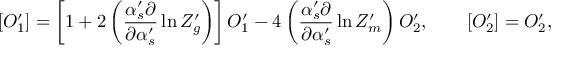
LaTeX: \left[ { \cal O } _ { 1 } ^ { \prime } \right] = \left[ 1 + 2 \left( \frac { \alpha _ { s } ^ { \prime } \partial } { \partial \alpha _ { s } ^ { \prime } } \ln Z _ { g } ^ { \prime } \right) \right] { \cal O } _ { 1 } ^ { \prime } - 4 \left( \frac { \alpha _ { s } ^ { \prime } \partial } { \partial \alpha _ { s } ^ { \prime } } \ln Z _ { m } ^ { \prime } \right) { \cal O } _ { 2 } ^ { \prime } , \qquad \left[ { \cal O } _ { 2 } ^ { \prime } \right] = { \cal O } _ { 2 } ^ { \prime } ,